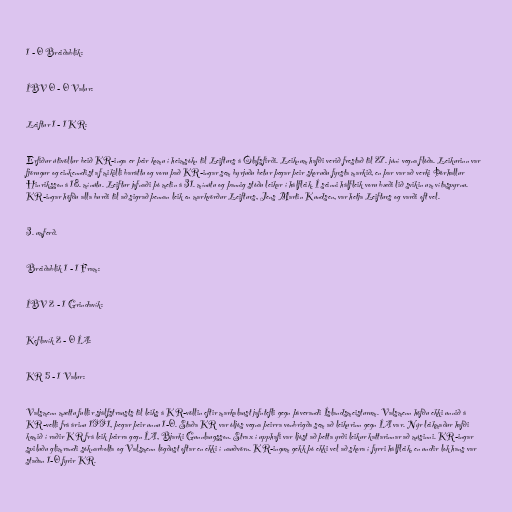
1 - 0 Breiðablik:

ÍBV 0 - 0 Valur:

Leiftur 1 - 1 KR:

Erfiður útivöllur beið KR-inga er þeir komu í heimsókn til Leifturs á Ólafsfirði. Leiknum hafði verið frestað til 27. júní vegna flóða. Leikurinn var
fjörugur og einkenndist af mikilli baráttu og voru það KR-ingar sem byrjuðu betur þegar þeir skoruðu fyrsta markið, en þar var að verki Þórhallur
Hinriksson á 18. mínútu. Leiftur jafnaði þó metin á 31. mínútu og þannig stóðu leikar í hálfleik. Í seinni hálfleik voru bæði lið svikin um vítaspyrnu.
KR-ingar höfðu alla burði til að sigrað þennan leik en markvörður Leifturs, Jens Martin Kundsen, var hetja Leifturs og varði oft vel.

3. umferð.

Breiðablik 1 - 1 Fram:

ÍBV 2 - 1 Grindavík:

Keflavík 2 - 0 ÍA:

KR 5 - 1 Valur:

Valsmenn mættu fullir sjálfstrausts til leiks á KR-völlin eftir markalaust jafntefli gegn þáverandi Íslandsmeisturum. Valsmenn höfðu ekki unnið á
KR-velli frá árinu 1991, þegar þeir unnu 1-0. Staða KR var óljós vegna þeirra vonbrigða sem að leikurinn gegn ÍA var. Nýr leikmaður hafði
komið í raðir KR frá leik þeirra gegn ÍA, Bjarki Gunnlaugsson. Strax í upphafi var ljóst að þetta yrði leikur kattarinnar að músinni. KR-ingar
spiluðu glimrandi sóknarbolta og Valsmenn lögðust oftar en ekki í nauðvörn. KR-ingum gekk þó ekki vel að skora í fyrri hálfleik, en undir lok hans var
staðan 1-0 fyrir KR.